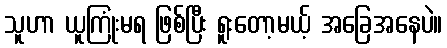
သူဟာ ယူကြုံးမရ ဖြစ်ပြီး ရူးတော့မယ့် အခြေအနေပဲ။